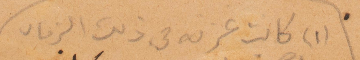
(١) كانت عزبة في ذلك الزمان.